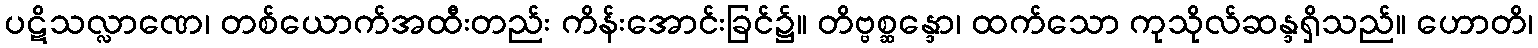
ပဋိသလ္လာဏေ၊ တစ်ယောက်အထီးတည်း ကိန်းအောင်းခြင်၌။ တိဗ္ဗစ္ဆန္ဒော၊ ထက်သော ကုသိုလ်ဆန္ဒရှိသည်။ ဟောတိ၊